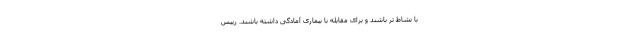
با نشاط تر باشند و برای مقابله با بیماری آمادگی داشته باشند. رییس